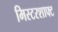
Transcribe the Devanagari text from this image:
मिस्टरशाफ्ट